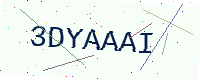
Text: 3DYAAAI